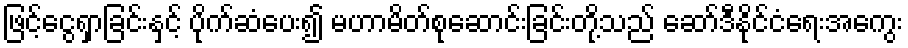
ဖြင့်ငွေရှာခြင်းနှင့် ပိုက်ဆံပေး၍ မဟာမိတ်စုဆောင်းခြင်းတို့သည် ဆော်ဒီနိုင်ငံရေးအကွေး